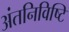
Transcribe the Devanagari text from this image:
अंतनिविष्टि